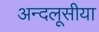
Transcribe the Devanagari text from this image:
अन्दलूसीया